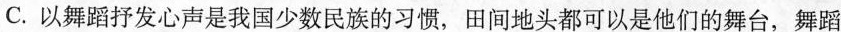
C.以舞蹈抒发心声是我国少数民族的习惯，田间地头都可以是他们的舞台，舞蹈